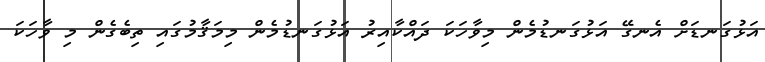
އަޅުގަނޑަށް އެނގޭ އަޅުގަނޑުމެން މިވާހަކަ ދައްކާއިރު އަޅުގަނޑުމެން މިމަޤާމުގައި ތިބެގެން މި ވާހަކަ